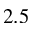
2 . 5